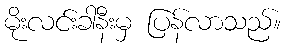
မိုးလင်းခါနီးမှ ပြန်လာသည်။